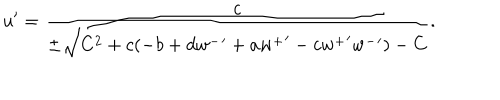
u ^ { \prime } = \frac { c } { \pm \sqrt { C ^ { 2 } + c ( - b + d { w ^ { - } } ^ { \prime } + a { w ^ { + } } ^ { \prime } - c { w ^ { + } } ^ { \prime } { w ^ { - } } ^ { \prime } ) } - C } .